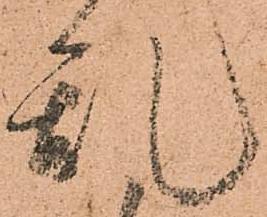
乱